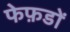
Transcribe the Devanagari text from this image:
फेफ़डों